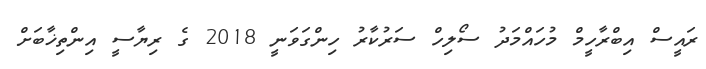
ރައީސް އިބްރާހީމް މުހައްމަދު ސޯލިހް ސަރުކާރު ހިންގަވަނީ 2018 ގެ ރިޔާސީ އިންތިޚާބަށް